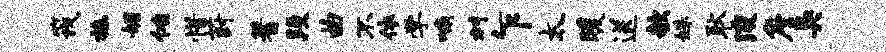
筏施媚侑惜葑蓍段曲不依学喃村乍太暖送欹姝耿浚詹臭